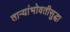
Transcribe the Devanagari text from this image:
ताऱ्यांभोवतीसुद्धा